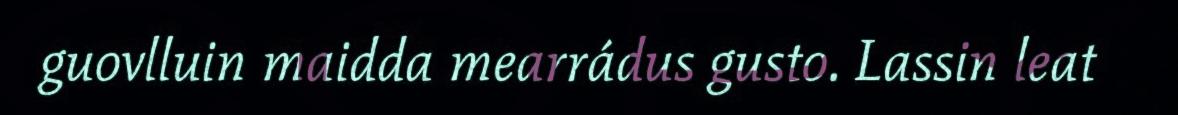
guovlluin maidda mearrádus gusto. Lassin leat